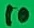
Text: 10